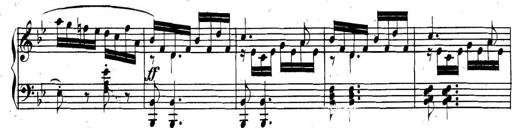
Title: Collected Piano Sonatas
Composer: Muzio Clementi